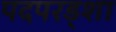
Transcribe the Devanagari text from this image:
पदपरड्शा